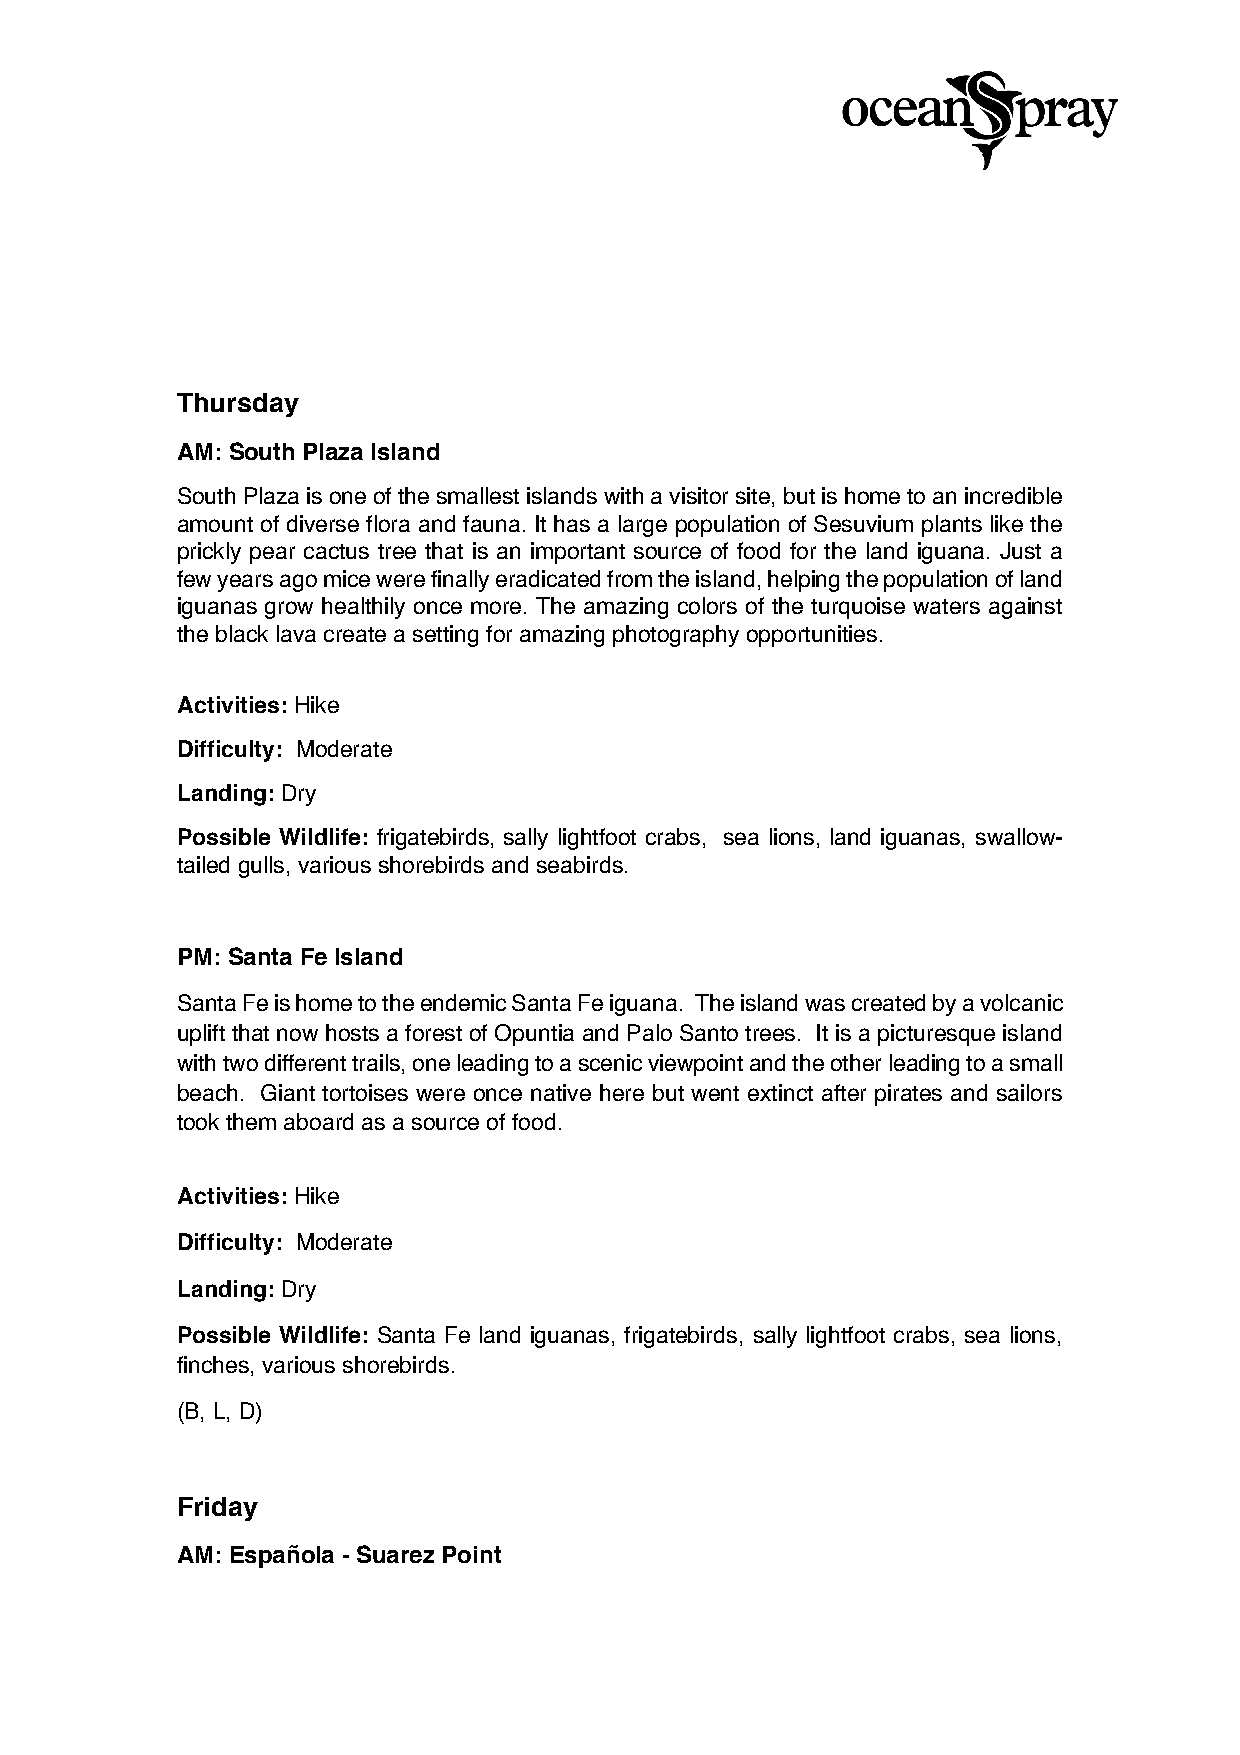
Thursday
 AM: South Plaza Island
 South Plaza is one of the smallest islands with a visitor site, but is home to an incredible
 amount of diverse flora and fauna. It has a large population of Sesuvium plants like the
 prickly pear cactus tree that is an important source of food for the land iguana. Just a
 few years ago mice were finally eradicated from the island, helping the population of land
 iguanas grow healthily once more. The amazing colors of the turquoise waters against
 the black lava create a setting for amazing photography opportunities.
 Activities: Hike
 Difficulty: Moderate
 Landing: Dry
 Possible Wildlife: frigatebirds, sally lightfoot crabs, sea lions, land iguanas, swallow-
 tailed gulls, various shorebirds and seabirds.
 PM: Santa Fe Island
 Santa Fe is home to the endemic Santa Fe iguana. The island was created by a volcanic
 uplift that now hosts a forest of Opuntia and Palo Santo trees. It is a picturesque island
 with two different trails, one leading to a scenic viewpoint and the other leading to a small
 beach. Giant tortoises were once native here but went extinct after pirates and sailors
 took them aboard as a source of food.
 Activities: Hike
 Difficulty: Moderate
 Landing: Dry
 Possible Wildlife: Santa Fe land iguanas, frigatebirds, sally lightfoot crabs, sea lions,
 finches, various shorebirds.
 (B, L, D)
 Friday
 AM: Española - Suarez Point